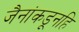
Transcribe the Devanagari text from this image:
जैनांकडूनहि